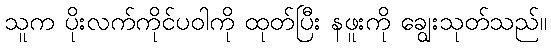
သူက ပိုးလက်ကိုင်ပဝါကို ထုတ်ပြီး နဖူးကို ချွေးသုတ်သည်။